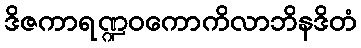
ဒိဇကာရဏ္ဍဝကောကိလာဘိနဒိတံ